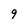
Character: 9